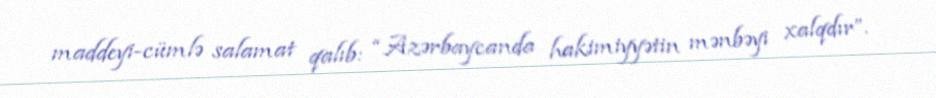
maddeyi-cümlə salamat qalıb: “Azərbaycanda hakimiyyətin mənbəyi xalqdır”.